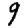
Digit: 9